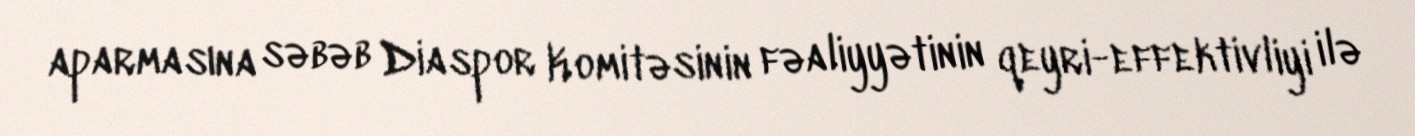
aparmasına səbəb Diaspor Komitəsinin fəaliyyətinin qeyri-effektivliyi ilə